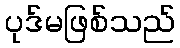
ပုဒ်မဖြစ်သည်